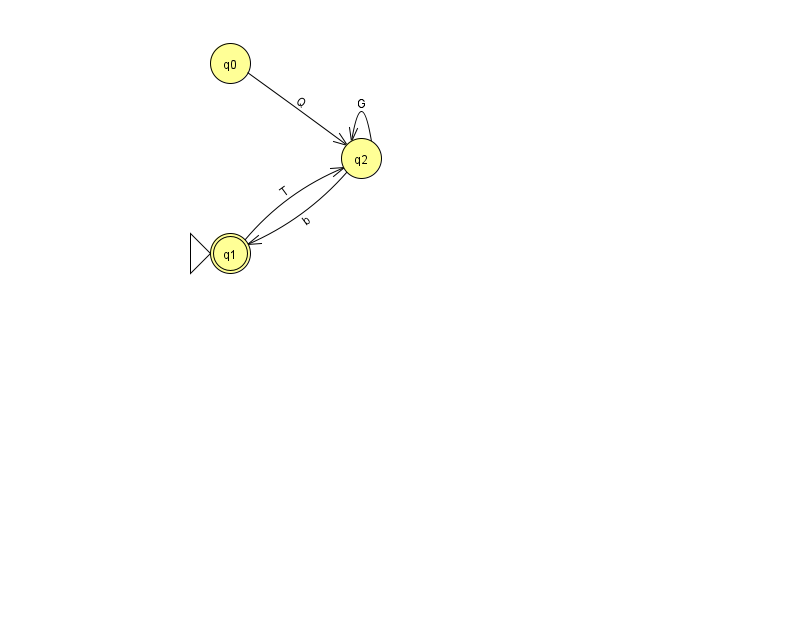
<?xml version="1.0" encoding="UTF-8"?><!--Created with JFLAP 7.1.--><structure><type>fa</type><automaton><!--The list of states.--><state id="0" name="q0"><x>230.0</x><y>50.0</y></state><state id="1" name="q1"><x>230.0</x><y>240.0</y><initial/><final/></state><state id="2" name="q2"><x>361.0</x><y>145.0</y></state><!--The list of transitions.--><transition><from>2</from><to>2</to><read>G</read></transition><transition><from>0</from><to>2</to><read>Q</read></transition><transition><from>2</from><to>1</to><read>b</read></transition><transition><from>1</from><to>2</to><read>T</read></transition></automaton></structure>